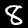
Digit: 8